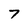
Character: 7